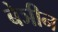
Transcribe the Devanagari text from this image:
बेञीन